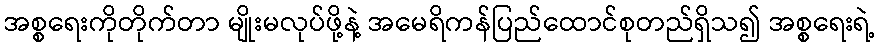
အစ္စရေးကိုတိုက်တာ မျိုးမလုပ်ဖို့နဲ့ အမေရိကန်ပြည်ထောင်စုတည်ရှိသ၍ အစ္စရေးရဲ့